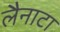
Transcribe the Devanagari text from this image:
लैनाटा